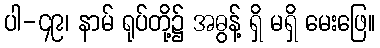
ပါ-၄၉၊ နာမ် ရုပ်တို့၌ အဓွန့် ရှိ မရှိ မေးဖြေ။